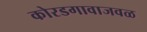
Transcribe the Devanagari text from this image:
कोरडगावाजवळ